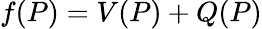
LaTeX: \begin{array}{r}{f(P)=V(P)+Q(P)}\end{array}